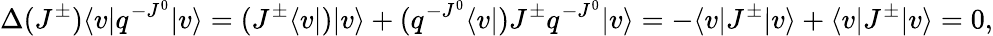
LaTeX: \Delta(J^{\pm})\langle v|q^{-J^{0}}|v\rangle=(J^{\pm}\langle v|)|v\rangle+(q^{-J^{0}}\langle v|)J^{\pm}q^{-J^{0}}|v\rangle=-\langle v|J^{\pm}|v\rangle+\langle v|J^{\pm}|v\rangle=0,